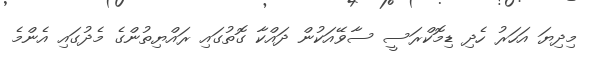
މިދިޔަ އަހަރު ހެދި ޑިމޮކްރަސީ ސާވޭއަކުން ދައްކާ ގޮތުގައި ރައްޔިިތުންގެ މެދުގައި އެންމެ